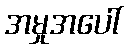
အမှုအပေါ်